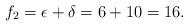
LaTeX: \begin{align*} f_2=\epsilon+\delta=6+10=16.\end{align*}